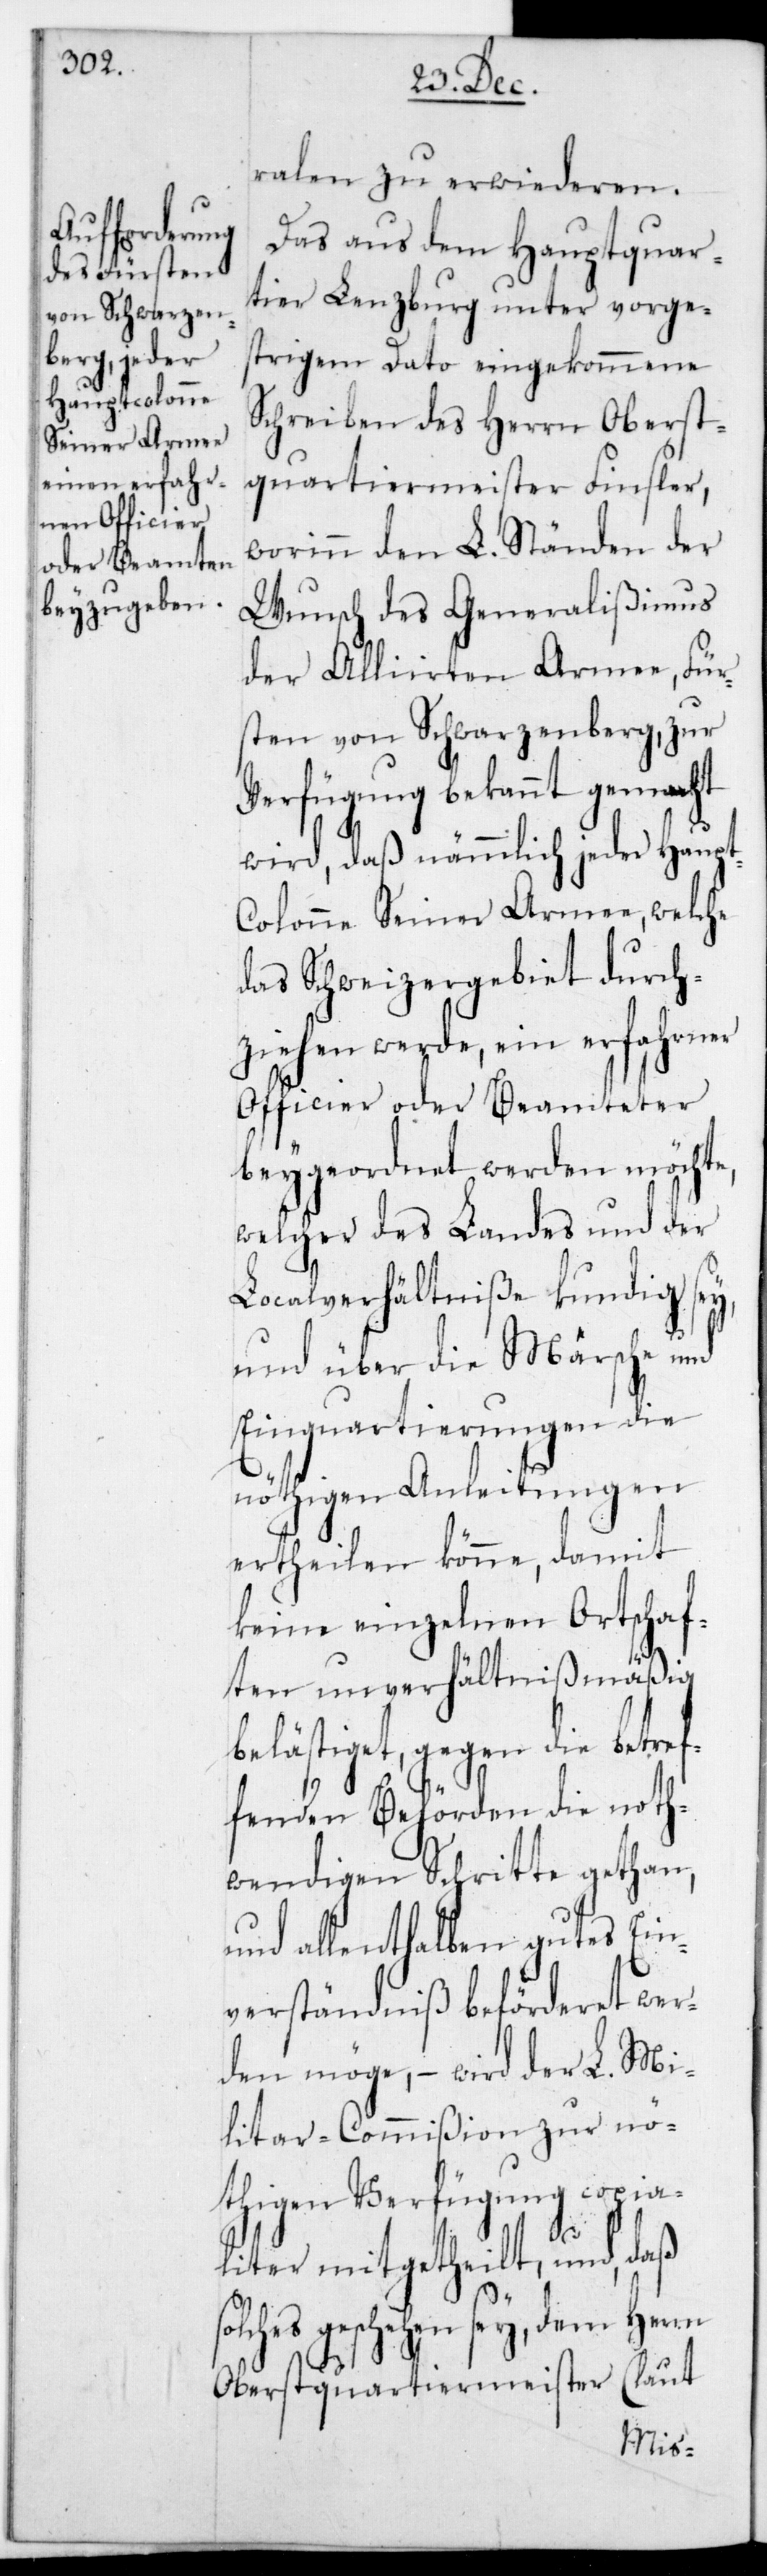
ralen zu erwiederen.
Das aus dem Hauptquar¬
tier Lenzburg unter vorge¬
strigem Dato eingekommene
Schreiben des Herrn Oberst¬
quartiermeister Finsler,
worinn den L. Ständen der
Wunsch des Generalißimus
der Alliirten Armee, Für¬
sten von Schwarzenberg, zur
Verfügung bekannt gemacht
wird, daß nämmlich jeder Haupt¬
colonne Seiner Armee, welche
das Schweizergebiet durch¬
ziehen werde, ein erfahrner
Officier oder Beamteter
beygeordnet werden möchte,
welcher des Landes und der
Localverhältniße kundig sey,
und über die Märsche und
Einquartierungen die
nöthigen Anleitungen
ertheilen könne, damit
keine einzelnen Ortschaf¬
ten unverhältnißmäßig
belästiget, gegen die betref¬
fenden Behörden die noth¬
wendigen Schritte gethan,
und allenthalben gutes Ein¬
verständniß beförderet wer¬
den möge, – wird der L. Mi¬
litar-Commißion zur nö¬
thigen Verfügung copia¬
s¬
liter mitgetheilt, und, daß
olches geschehen sey, dem Herrn
Oberstquartiermeister (laut